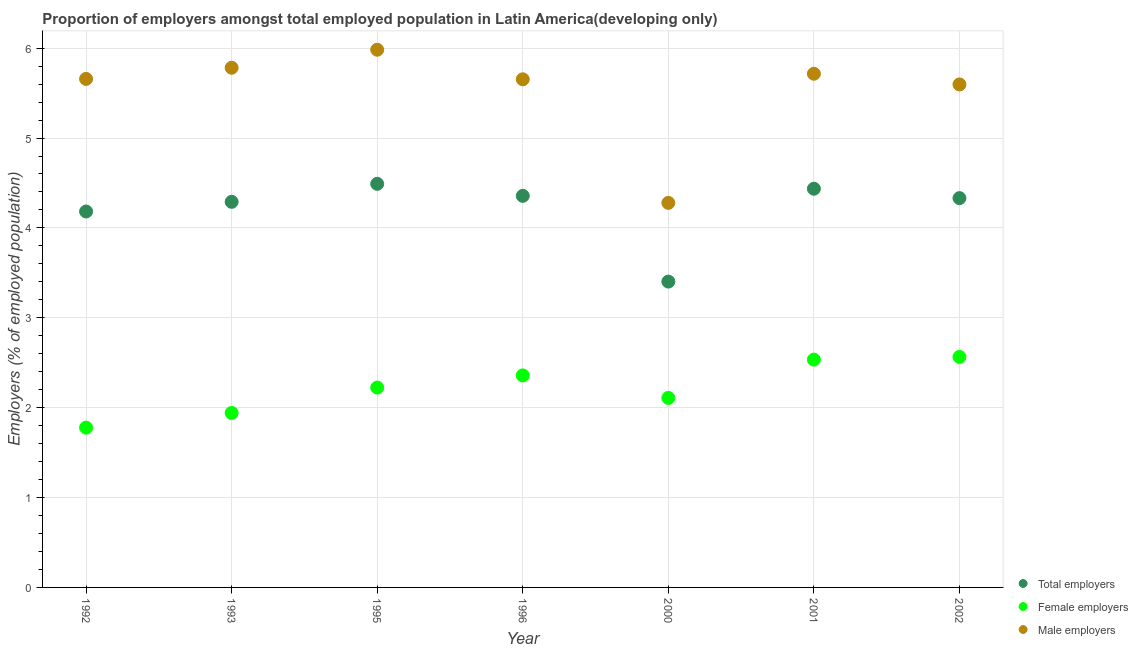
| Year | Total employers | Female employers | Male employers |
 | --- | --- | --- | --- |
 | 1992 | 4.18 | 1.78 | 5.66 |
 | 1993 | 4.29 | 1.94 | 5.78 |
 | 1995 | 4.49 | 2.22 | 5.98 |
 | 1996 | 4.36 | 2.36 | 5.65 |
 | 2000 | 3.4 | 2.11 | 4.28 |
 | 2001 | 4.44 | 2.53 | 5.72 |
 | 2002 | 4.33 | 2.56 | 5.6 |